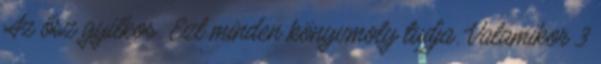
Az ősz gyilkos. Ezt minden könyvmoly tudja. Valamikor 3